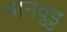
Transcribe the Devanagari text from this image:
मानवुडु